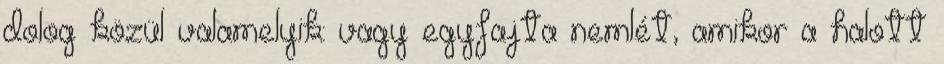
dolog közül valamelyik: vagy egyfajta nemlét, amikor a halott